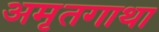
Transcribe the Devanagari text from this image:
अमृतगाथा